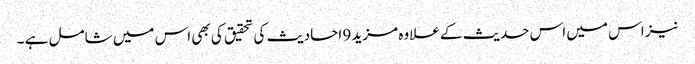
نیز اس میں اس حدیث کے علاوہ مزید 9 احادیث کی تحقیق کی بھی اس میں شامل ہے ۔